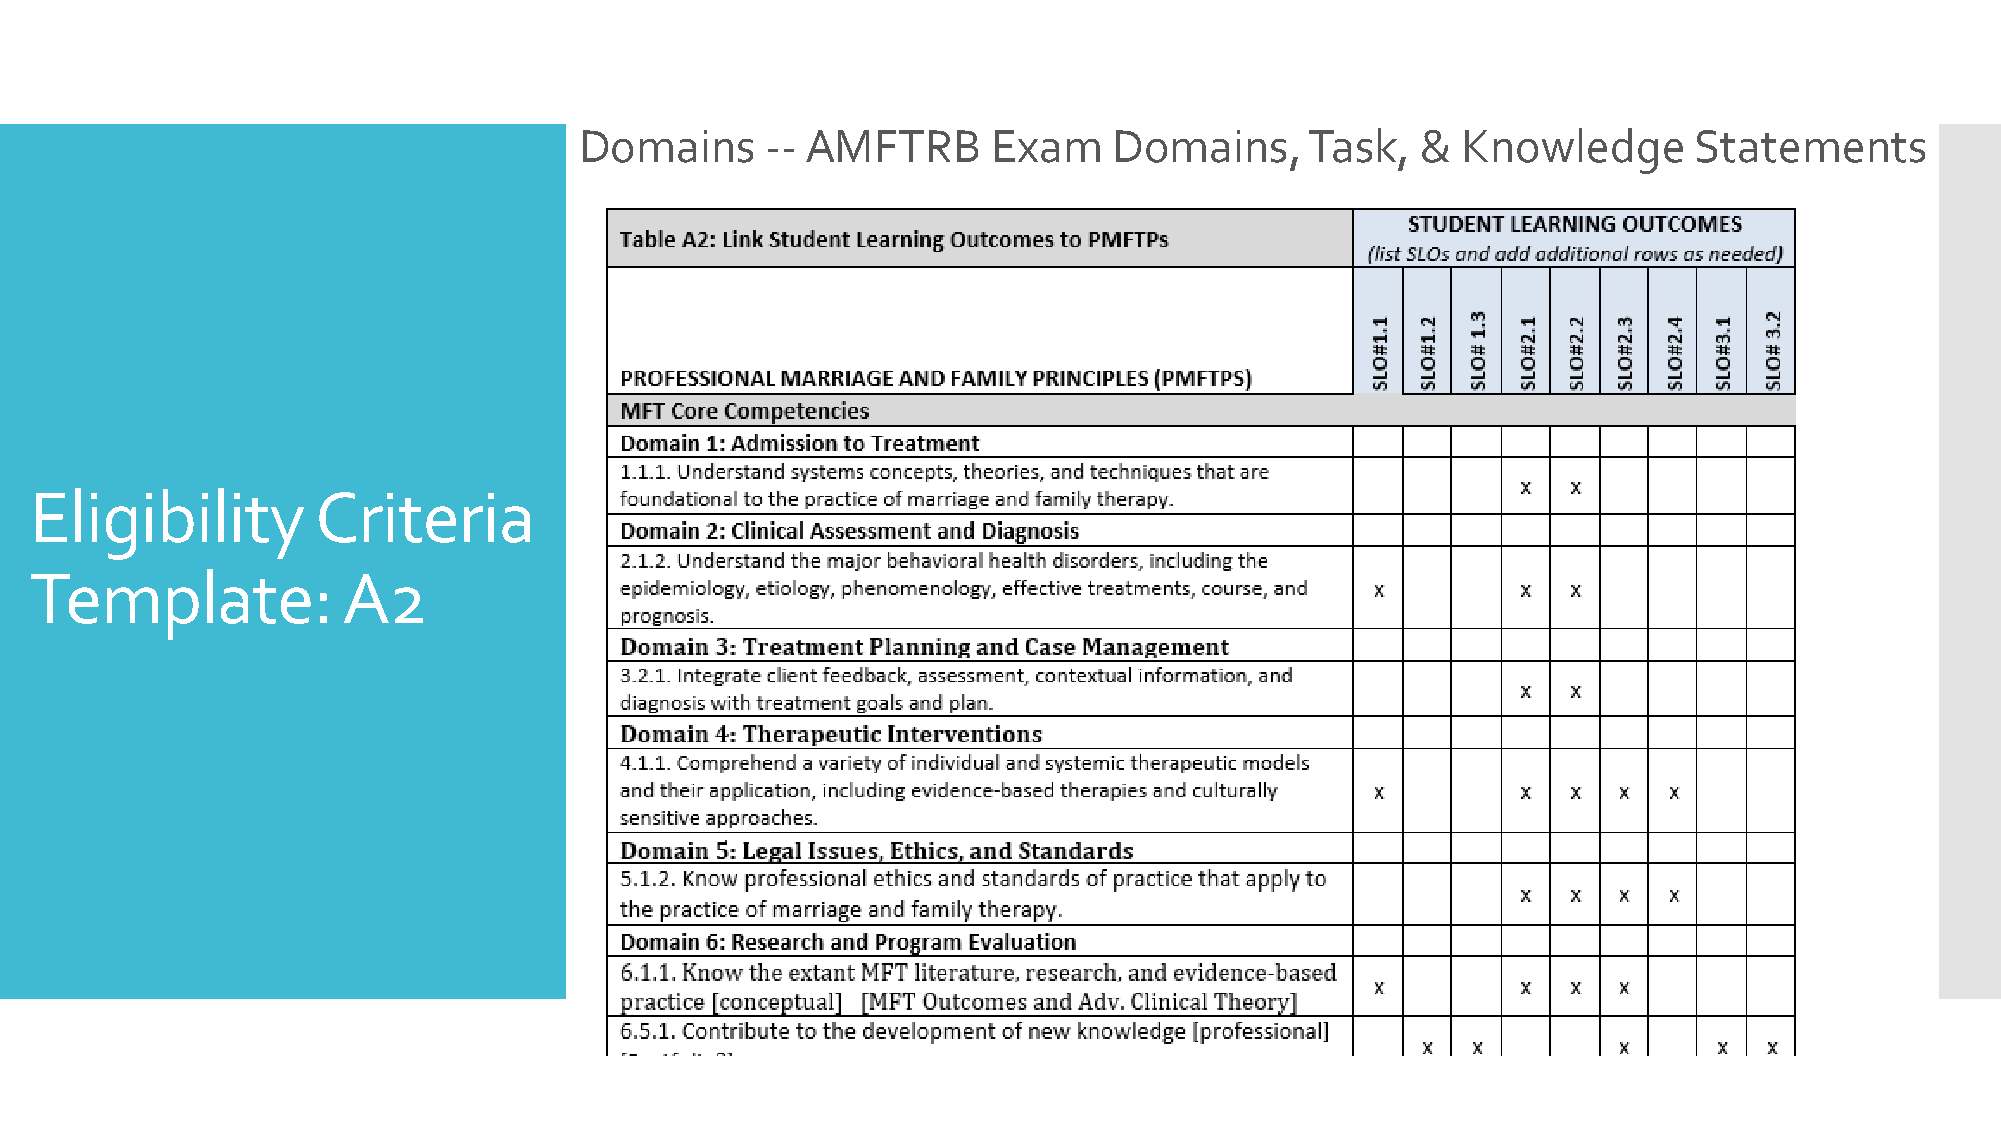
Domains      -- AMFTRB      Exam    Domains,     Task,  &  Knowledge      Statements
 Eligibility        Criteria
 Template:            A2